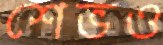
শেভও